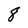
Character: 8